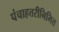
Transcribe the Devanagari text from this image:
पंचाहत्तरीनिमित्त